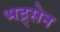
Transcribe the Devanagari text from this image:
भद्र्सेन